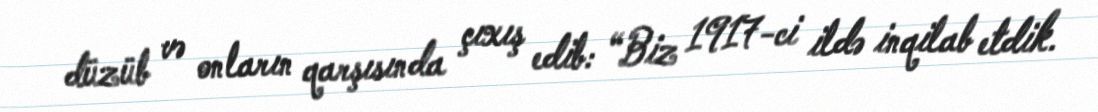
düzüb və onların qarşısında çıxış edib: “Biz 1917-ci ildə inqilab etdik.